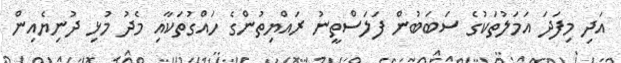
އަދި މިފަދަ އަމަލުތަކުގެ ސަބަބުން ފަލަސްތީނު ރައްޔިތުންގެ ހައްގުތަކާއި މެދު މުޅި ދުނިޔެއިން